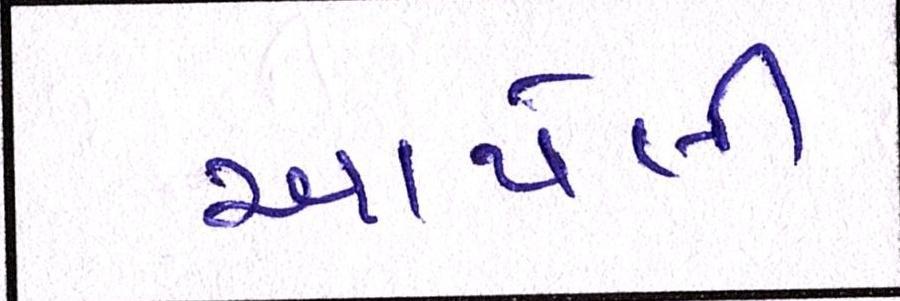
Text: આપેલી